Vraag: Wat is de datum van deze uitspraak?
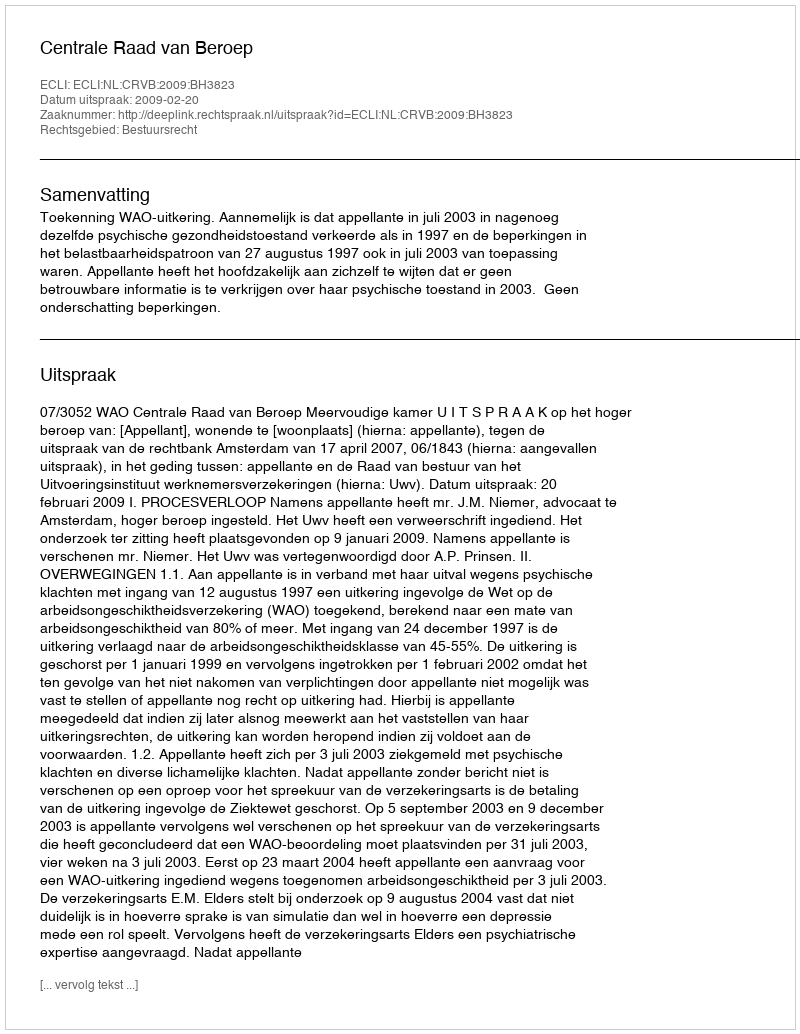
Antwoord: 2009-02-20